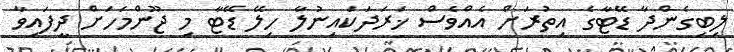
ލިބިގެންދާ ޑޭޓާގެ އިތުރަށް އެއްވެސް ޚަރަދަކައިނުލާ ހިލޭ ޑޭޓާ މި ޖޫންމަހަށް ދީފައިވާ